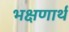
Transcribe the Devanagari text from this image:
भक्षणार्थ